Calcutta medical institutions reports 1871-78
Year: 1871
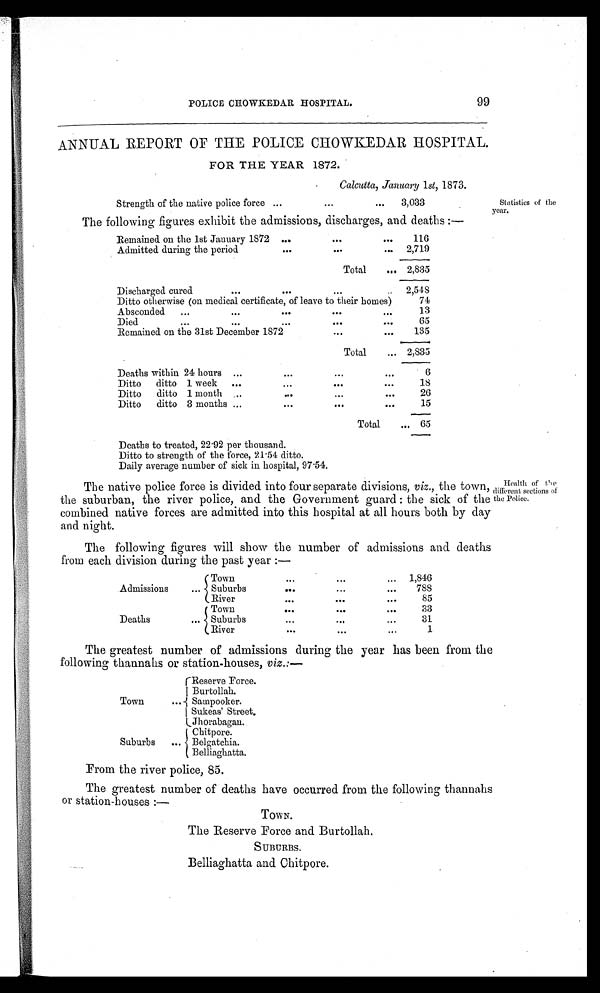
POLICE CHOWKEDAR HOSPITAL.
99
ANNUAL REPORT OF THE POLICE CHOWKEDAR HOSPITAL.
FOR THE YEAR 1872.
Calcutta, January 1st, 1873
Strength of the native police force
3.033
The following figures exhibit the admissions, discharges, and deaths:—
Statistics of the
year.
Remained on the 1st January 1872
116
Admitted during the period
2,719
Total
2,835
Discharged cured
2,548
Ditto otherwise (on medical certificate, of leave to their homes)
74
Absconded
...
•••
•••
...
...
13
Died
...
•••
...
...
•••
65
Remained on the 31st December 1872
.••
•••
135
Total
...
2 •n•nn
2,835
Deaths within 24 hours ...
•••
•• •
•••
6
Ditto
ditto 1 week ...
•••
•••
...
18
Ditto
ditto 1 month ...
..•
...
•••
26
Ditto
ditto 3 months ...
•••
•••
•••
15
Total
••• 65
Deaths to treated, 22 .92 per thousand.
Ditto to strength of the force, 21 .54 ditto.
Daily average number of sick in hospital, 97.54.
The native police force is divided into four separate divisions, viz,, the town,
the suburban, the river police, and the Government guard : the sick of the
combined native forces are admitted into this hospital at all hours both by clay
and night.
The following figures will show the number of admissions and deaths
from each division during the past year :—
Admissions
Town
•••
•••
... 1,846
... Suburbs
...
...
•••
788
River
•••
•••
...
85
Town
...
...
•••
33
Deaths
... Suburbs
...
..,
...
31
River
...
•••
..•
1
Health of Cie
different sections of
the Police.
The greatest number of admissions during the year has been from the
following thannahs or station-houses, viz.:—
Town
...-/
rReserve Force.
I Burtollah.
Sampooker.
I Sukeas' Street,
LJhorabagan.
Suburbs Suburbs
...
Chitpore.
Belgatchia.
Belliaghatta.
From the river police, 85.
The greatest number of deaths have occurred from the following thannahs
or station-houses :—
TOWN.
The Reserve Force and Burtollah.
SUBURBS.
Belliaghatta and Chitpore.